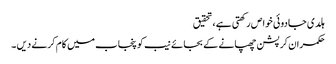
ہلدی جادوئی خوا ص رکھتی ہے ،تحقیق
حکمران کرپشن چھپانے کے بجائے نیب کو پنجاب میں کام کرنے دیں ۔